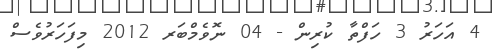
4 އަހަރު 3 ހަފްތާ ކުރިން - 04 ނޮވެމްބަރ 2012 މިފަހަރުވެސް